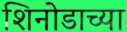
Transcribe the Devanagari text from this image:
शिनोडाच्या